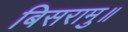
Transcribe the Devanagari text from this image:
बिसरामु॥